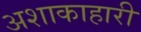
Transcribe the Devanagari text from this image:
अशाकाहारी